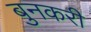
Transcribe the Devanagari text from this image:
बुनकरी